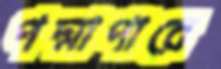
পদ্মাপারে